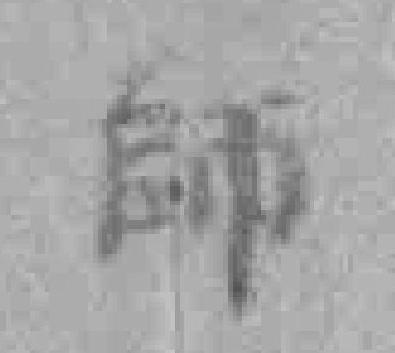
師